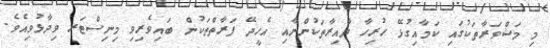
މި މަޝްވަރާތަކުގައި ކަމާއިގުޅޭ ހުރިހާ ދާއިރާތަކުންނާއި އެހީދޭ ފަރާތްތަކުން ބައިވެރިވި މިނިސްޓަރ ވިދާޅުވިއެވެ.